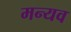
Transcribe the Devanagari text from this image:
मन्यव